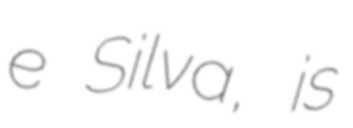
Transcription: e Silva, is